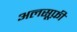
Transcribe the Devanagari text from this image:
अलसूफ़ी